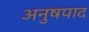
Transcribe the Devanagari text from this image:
अनुषपाद